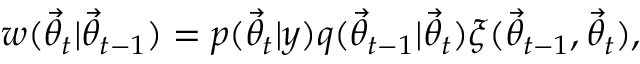
w ( \ensuremath { \vec { \theta } } _ { t } | \ensuremath { \vec { \theta } } _ { t - 1 } ) = p ( \ensuremath { \vec { \theta } } _ { t } | y ) q ( \ensuremath { \vec { \theta } } _ { t - 1 } | \ensuremath { \vec { \theta } } _ { t } ) \xi ( \ensuremath { \vec { \theta } } _ { t - 1 } , \ensuremath { \vec { \theta } } _ { t } ) ,